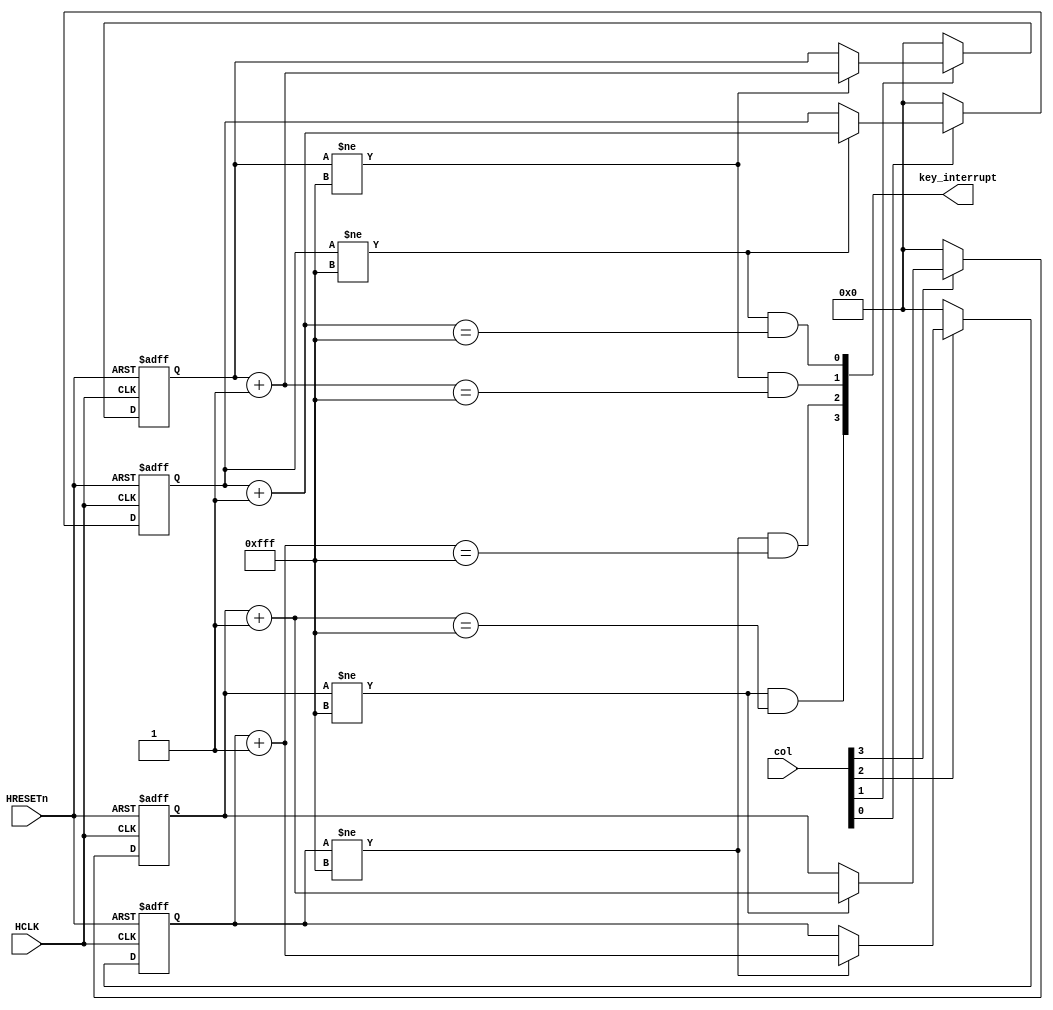
module Keyboard(
    input       HCLK,
    input       HRESETn,
    input   [3:0]   col,
    output  wire    [3:0] key_interrupt
);


reg [11:0]  sreg0;
wire    [11:0]  sreg0_nxt;

reg [11:0]  sreg1;
wire    [11:0]  sreg1_nxt;

reg [11:0]  sreg2;
wire    [11:0]  sreg2_nxt;

reg [11:0]  sreg3;
wire    [11:0]  sreg3_nxt;

assign  sreg0_nxt   =   sreg0 + 1'b1;
assign  sreg1_nxt   =   sreg1 + 1'b1;
assign  sreg2_nxt   =   sreg2 + 1'b1;
assign  sreg3_nxt   =   sreg3 + 1'b1;

always@(posedge HCLK or negedge HRESETn) begin
    if(~HRESETn) begin
        sreg0   <=  12'b0;
    end else if(col[0]) begin
        if(sreg0 != 12'hfff)
           sreg0   <=  sreg0_nxt;
    end else 
        sreg0   <=  12'b0;
end

always@(posedge HCLK or negedge HRESETn) begin
    if(~HRESETn) begin
        sreg1   <=  12'b0;
    end else if(col[1]) begin
        if(sreg1 != 16'hfff)
           sreg1   <=  sreg1_nxt;
    end else 
        sreg1   <=  12'b0;
end

always@(posedge HCLK or negedge HRESETn) begin
    if(~HRESETn) begin
        sreg2   <=  12'b0;
    end else if(col[2]) begin
        if(sreg2 != 12'hfff)
           sreg2   <=  sreg2_nxt;
    end else 
        sreg2   <=  12'b0;
end

always@(posedge HCLK or negedge HRESETn) begin
    if(~HRESETn) begin
        sreg3   <=  12'b0;
    end else if(col[3]) begin
        if(sreg3 != 12'hfff)
           sreg3   <=  sreg3_nxt;
    end else 
        sreg3   <=  12'b0;
end

reg [3:0] key_reg;

assign key_interrupt[0] =   (sreg0 != 12'hfff) & (sreg0_nxt == 12'hfff);

assign key_interrupt[1] =   (sreg1 != 12'hfff) & (sreg1_nxt == 12'hfff);

assign key_interrupt[2] =   (sreg2 != 12'hfff) & (sreg2_nxt == 12'hfff);

assign key_interrupt[3] =   (sreg3 != 12'hfff) & (sreg3_nxt == 12'hfff);

endmodule